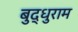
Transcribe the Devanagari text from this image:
बुद्धुराम